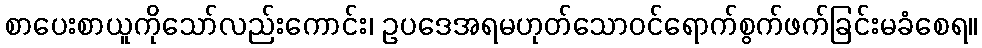
စာပေးစာယူကိုသော်လည်းကောင်း၊ ဥပဒေအရမဟုတ်သောဝင်ရောက်စွက်ဖက်ခြင်းမခံစေရ။